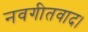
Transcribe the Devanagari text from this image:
नवगीतवाद।